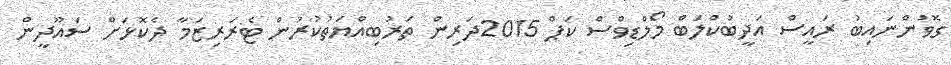
ގޮވުންނައިބު ރައީސް އަދީބުކްލަބް މޯލްޑިވްސް ކަޕް 2015ދަރިން ތަރުބިއްޔަތުކުރުން ޓެރަރިޒަމާ ދެކޮޅަށް ސައޫދީން